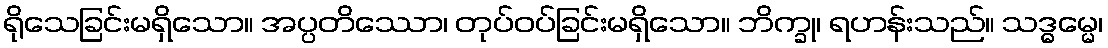
ရိုသေခြင်းမရှိသော။ အပ္ပတိဿော၊ တုပ်ဝပ်ခြင်းမရှိသော။ ဘိက္ခု၊ ရဟန်းသည်။ သဒ္ဓမ္မေ၊